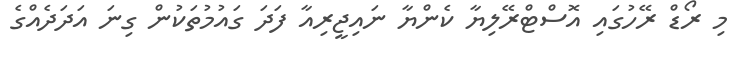
މި ރޯޑް ރޭހުގައި އޮސްޓްރޭލިޔާ ކެންޔާ ނައިޖީރިއާ ފަދަ ގައުމުތަކުން ގިނަ އަދަދެއްގެ